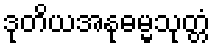
ဒုတိယအနုဓမ္မသုတ္တံ